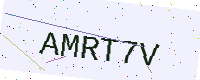
Text: AMRT7V